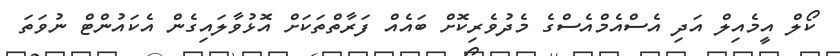
ކޯލް އީމެއިލް އަދި އެސްއެމްއެސްގެ މެދުވެރިކޮށް ބައެއް ފަރާތްތަކަށް އޮޅުވާލައިގެން އެކައުންޓް ނުވަތަ